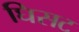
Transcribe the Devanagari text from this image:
घिसट